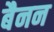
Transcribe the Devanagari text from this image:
बैनन